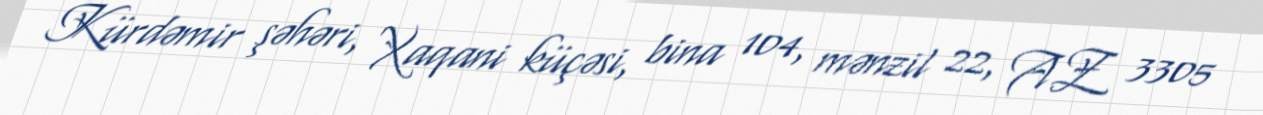
Kürdəmir şəhəri, Xaqani küçəsi, bina 104, mənzil 22, AZ 3305